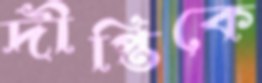
দীপ্তিকে